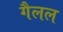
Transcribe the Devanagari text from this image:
गैलल